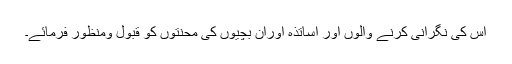
اس کی نگرانی کرنے والوں اور اساتذہ اوران بچیوں کی محنتوں کو قبول ومنظور فرمائے۔